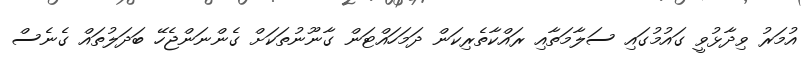
އުމަރު ވިދާޅުވީ ގައުމުގައި ސަލާމަތާއި ރައްކާތެރިކަން ދަމަހައްޓަން ގާނޫނުތަކަށް ގެންނަންޖެހޭ ބަދަލުތައް ގެނެސް